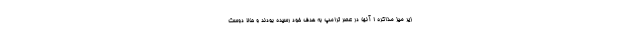
زیر میز مذاکره ! آنها در عصر ترامپ به هدف خود رسیده بودند و حالا دوست